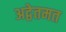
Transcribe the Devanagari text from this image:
अद्वेतमत